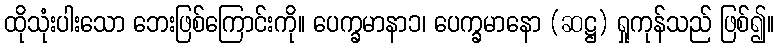
ထိုသုံးပါးသော ဘေးဖြစ်ကြောင်းကို။ ပေက္ခမာနာ၁၊ ပေက္ခမာနော (ဆဋ္ဌ) ရှုကုန်သည် ဖြစ်၍။